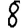
Digit: 8